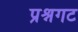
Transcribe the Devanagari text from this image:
प्रश्नगट